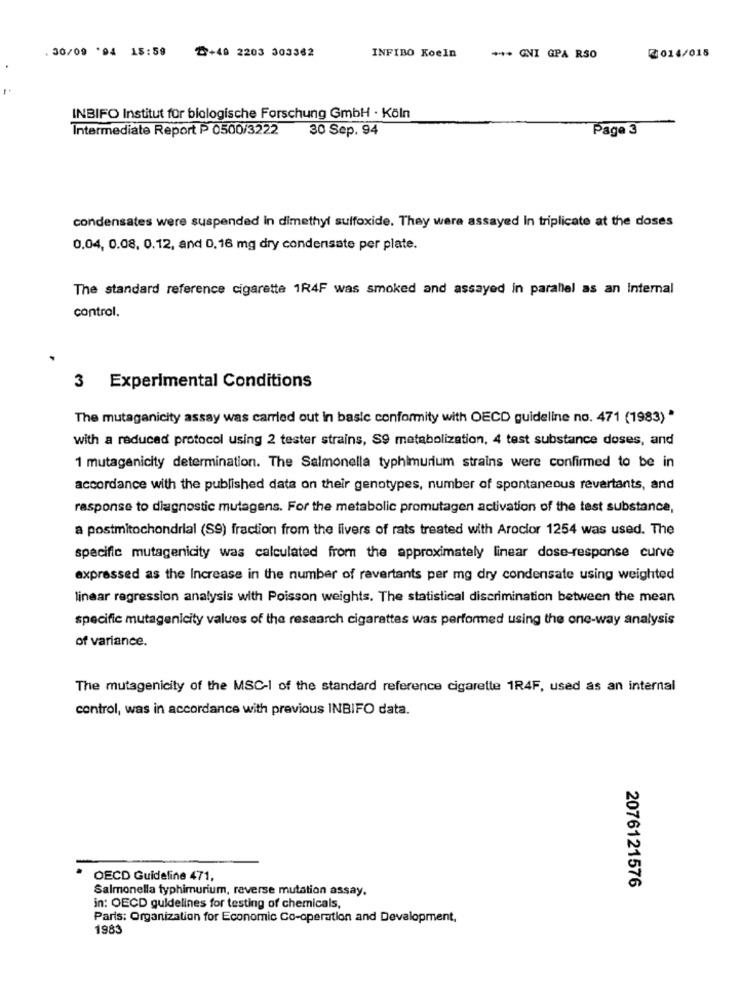
. 30/09 '94 18:59
₾+49 2203 303362
INFIBO Koeln
*** GVI GPA RSO
2014/015
INBIFO Institut für biologische Forschung GmbH . Köln
Intermediate Report P 0500/3222
30 Sep. 94
Page 3
condensates were suspended in dimethyl suffoxide. They were assayed In triplicate at the doses
0.04, 0.08. 0.12, and 0,16 mg dry condensate per plate.
The standard reference cigarette 1R4F was smoked and assayed in parallel as an Internal
control.
3 Experimental Conditions
The mutaganicity assay was carried out in basic conformity with OECD guideline no. 471 (1983)*
with a reduced protocol using 2 tester strains, S9 metabolization, 4 test substance doses, and
1 mutagenicity determination. The Salmonella typhimurium strains were confirmed to be in
accordance with the published data on their genotypes, number of spontaneous revertants, and
response to diagnostic mutagens. For the metabolic promutagen activation of the test substance,
a postmitochondrial (S9) fraction from the livers of rats treated with Arocior 1254 was used. The
specific mutagenicity was calculated from the approximately linear dose-response curve
expressed as the Increase in the number of ravertants per mg dry condensate using weighted
linear regression analysis with Poisson weights. The statistical discrimination between the mean
specific mutagenicity values of the research cigarettes was performed using the one-way analysis
of variance.
The mutagenicity of the MSC-I of the standard reference cigarette 1R4F, used as an internal
control, was in accordance with previous INBIFO data.
OECD Guideline 471,
Salmonella typhimurium, reverse mutation assay.
2076121576
in: OECD guidelines for testing of chemicals,
Paris: Organization for Economic Co-operation and Development,
1983